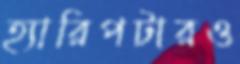
হ্যারিপটারও